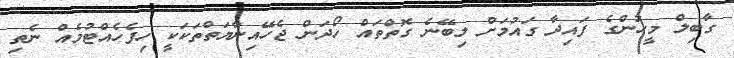
ގާބިލް މީހުންގެ ފައިދާ ގައުމަށް ލިބޭނެ ގޮތްތައް ހޯދަން ޖެހޭއިނާޔަތްތަކަކީ ހިފެހެއްޓުމެއް ނެތި